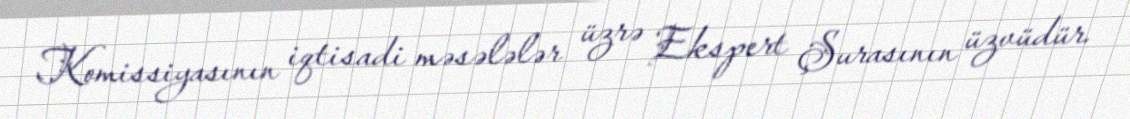
Komissiyasının iqtisadi məsələlər üzrə Ekspert Şurasının üzvüdür.